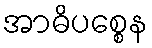
အာဓိပစ္စေန